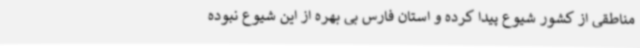
مناطقی از کشور شیوع پیدا کرده و استان فارس بی بهره از این شیوع نبوده